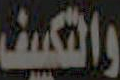
والتكييف